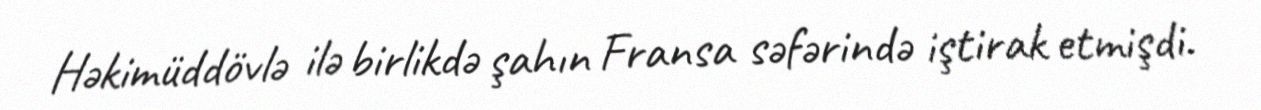
Həkimüddövlə ilə birlikdə şahın Fransa səfərində iştirak etmişdi.